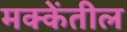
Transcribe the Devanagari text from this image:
मक्केंतील